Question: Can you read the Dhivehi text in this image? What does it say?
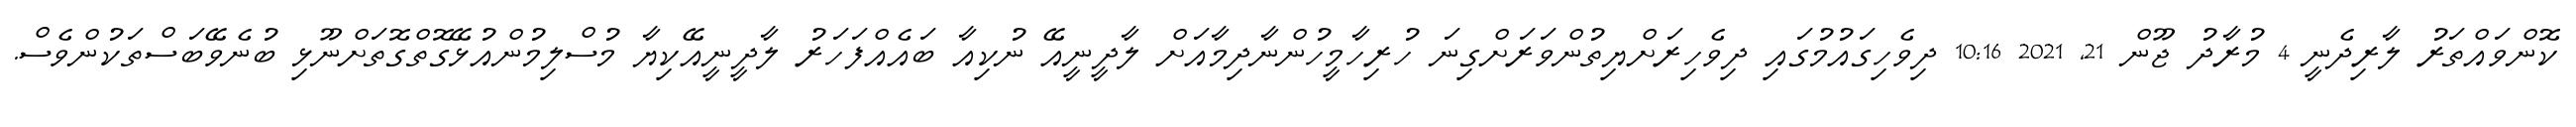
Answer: ކޮންވައްތަރު ލާރިދެނީ 4 މުރާދު ޖޫން 21, 2021 10:16 ދިވެހިގައުމުގައި ދިވެހިރަށްޔިތުންވަރަށްގިނަ ހުރިހާމީހުންނާދިމާއަށް ލާދީނީއޭ ނުކިއާ ބައެއްފަހަރު ލާދީނީއޭކިޔާ މުސްލިމުންއުޅޭގޮތްގޮތަށްނޫޅި ބުނެވޭބަސްތަކުންވެސް.